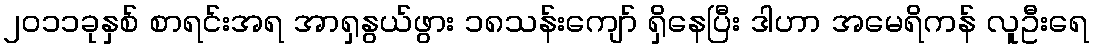
၂၀၁၁ခုနှစ် စာရင်းအရ အာရှနွယ်ဖွား ၁၈သန်းကျော် ရှိနေပြီး ဒါဟာ အမေရိကန် လူဦးရေ